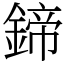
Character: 鍗